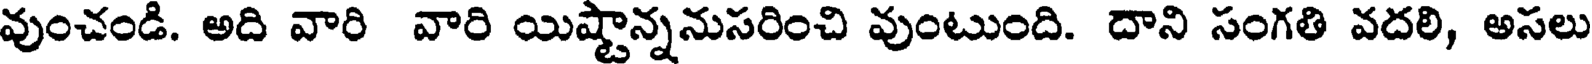
వుంచండి. అది వారి వారి యిష్టాన్ననుసరించి వుంటుంది. దాని సంగతి వదలి, అసలు